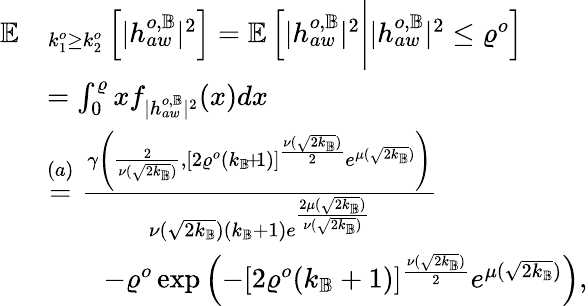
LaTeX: \begin{array}{rl}{\mathbb{E}}&{_{k_{1}^{o}\geq k_{2}^{o}}\left[|{h}_{aw}^{o,\mathbb{B}}|^{2}\right]=\mathbb{E}\left[|{h}_{aw}^{o,\mathbb{B}}|^{2}\Bigg||{h}_{aw}^{o,\mathbb{B}}|^{2}\leq\varrho^{o}\right]}\\ &{=\int_{0}^{\varrho}{x}f_{|{h}_{aw}^{o,\mathbb{B}}|^{2}}({x})d{x}}\\ &{\overset{(a)}{=}\frac{\gamma\left(\frac{2}{\nu(\sqrt{2k_{\mathbb{B}}})},\left[2\varrho^{o}(k_{\mathbb{B}}\! +\! 1)\right]^{\frac{\nu(\sqrt{2k_{\mathbb{B}}})}{2}}e^{\mu(\sqrt{2k_{\mathbb{B}}})}\right)}{\nu(\sqrt{2k_{\mathbb{B}}})(k_{\mathbb{B}}+1)e^{\frac{2\mu(\sqrt{2k_{\mathbb{B}}})}{\nu(\sqrt{2k_{\mathbb{B}}})}}}}\\ &{\qquad-\varrho^{o}\exp{\left(-[2\varrho^{o}(k_{\mathbb{B}}+1)]^{\frac{\nu(\sqrt{2k_{\mathbb{B}}})}{2}}e^{\mu(\sqrt{2k_{\mathbb{B}}})}\right)},}\end{array}